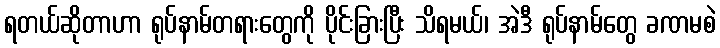
ရတယ်ဆိုတာဟာ ရုပ်နာမ်တရားတွေကို ပိုင်းခြားပြီး သိရမယ်၊ အဲဒီ ရုပ်နာမ်တွေ ခဏမစဲ